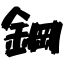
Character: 鋼